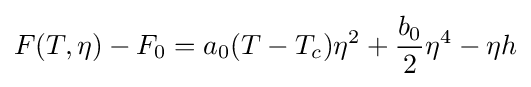
F(T,\eta )-F_{0}=a_{0}(T-T_{c})\eta ^{2}+{\frac {b_{0}}{2}}\eta ^{4}-\eta h